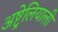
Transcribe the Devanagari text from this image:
अष्ट्रेलियाली